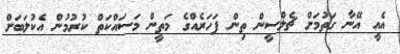
އެއީ އޭނާ ގަތުމަށް ޗެލްސީން ތިން ފަހަރެއްގެ މަތީން މަސައްކަތް ކުރުމުން އެކުލަބަށް